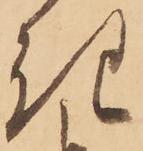
き